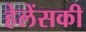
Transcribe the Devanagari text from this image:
हेलेंसकी